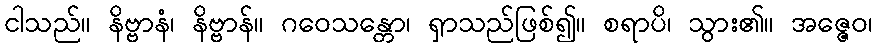
ငါသည်။ နိဗ္ဗာနံ၊ နိဗ္ဗာန်။ ဂဝေသန္တော၊ ရှာသည်ဖြစ်၍။ စရာပိ၊ သွား၏။ အဇ္ဇေဝ၊